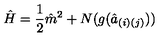
{ \hat { H } } = { \frac { 1 } { 2 } } { \hat { m } } ^ { 2 } + N ( g ( { \hat { a } } _ { ( i ) ( j ) } ) )